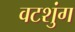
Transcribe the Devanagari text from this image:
वटशुंग